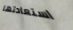
استعادتها